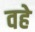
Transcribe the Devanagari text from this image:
वहे